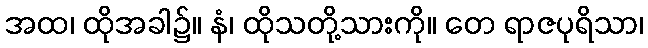
အထ၊ ထိုအခါ၌။ နံ၊ ထိုသတို့သားကို။ တေ ရာဇပုရိသာ၊